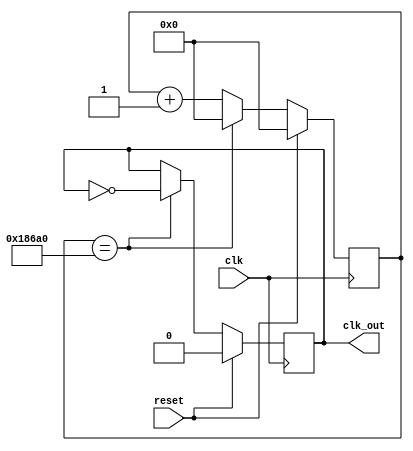
`timescale 1ns / 1ps
module clock_divider_1kHz(clk_out, clk, reset);
  output reg clk_out;
  input clk, reset;
  reg [16:0] counter;
  always @ (posedge clk) begin
    if (reset) begin
      counter <= 17'b0;
      clk_out <= 1'b0;
    end
    else if (counter == 17'd100000) begin
      counter <= 17'b0;
      clk_out <= ~clk_out;
    end
    else begin
      counter <= counter + 1'b1;
    end
  end
endmodule